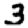
Digit: 3